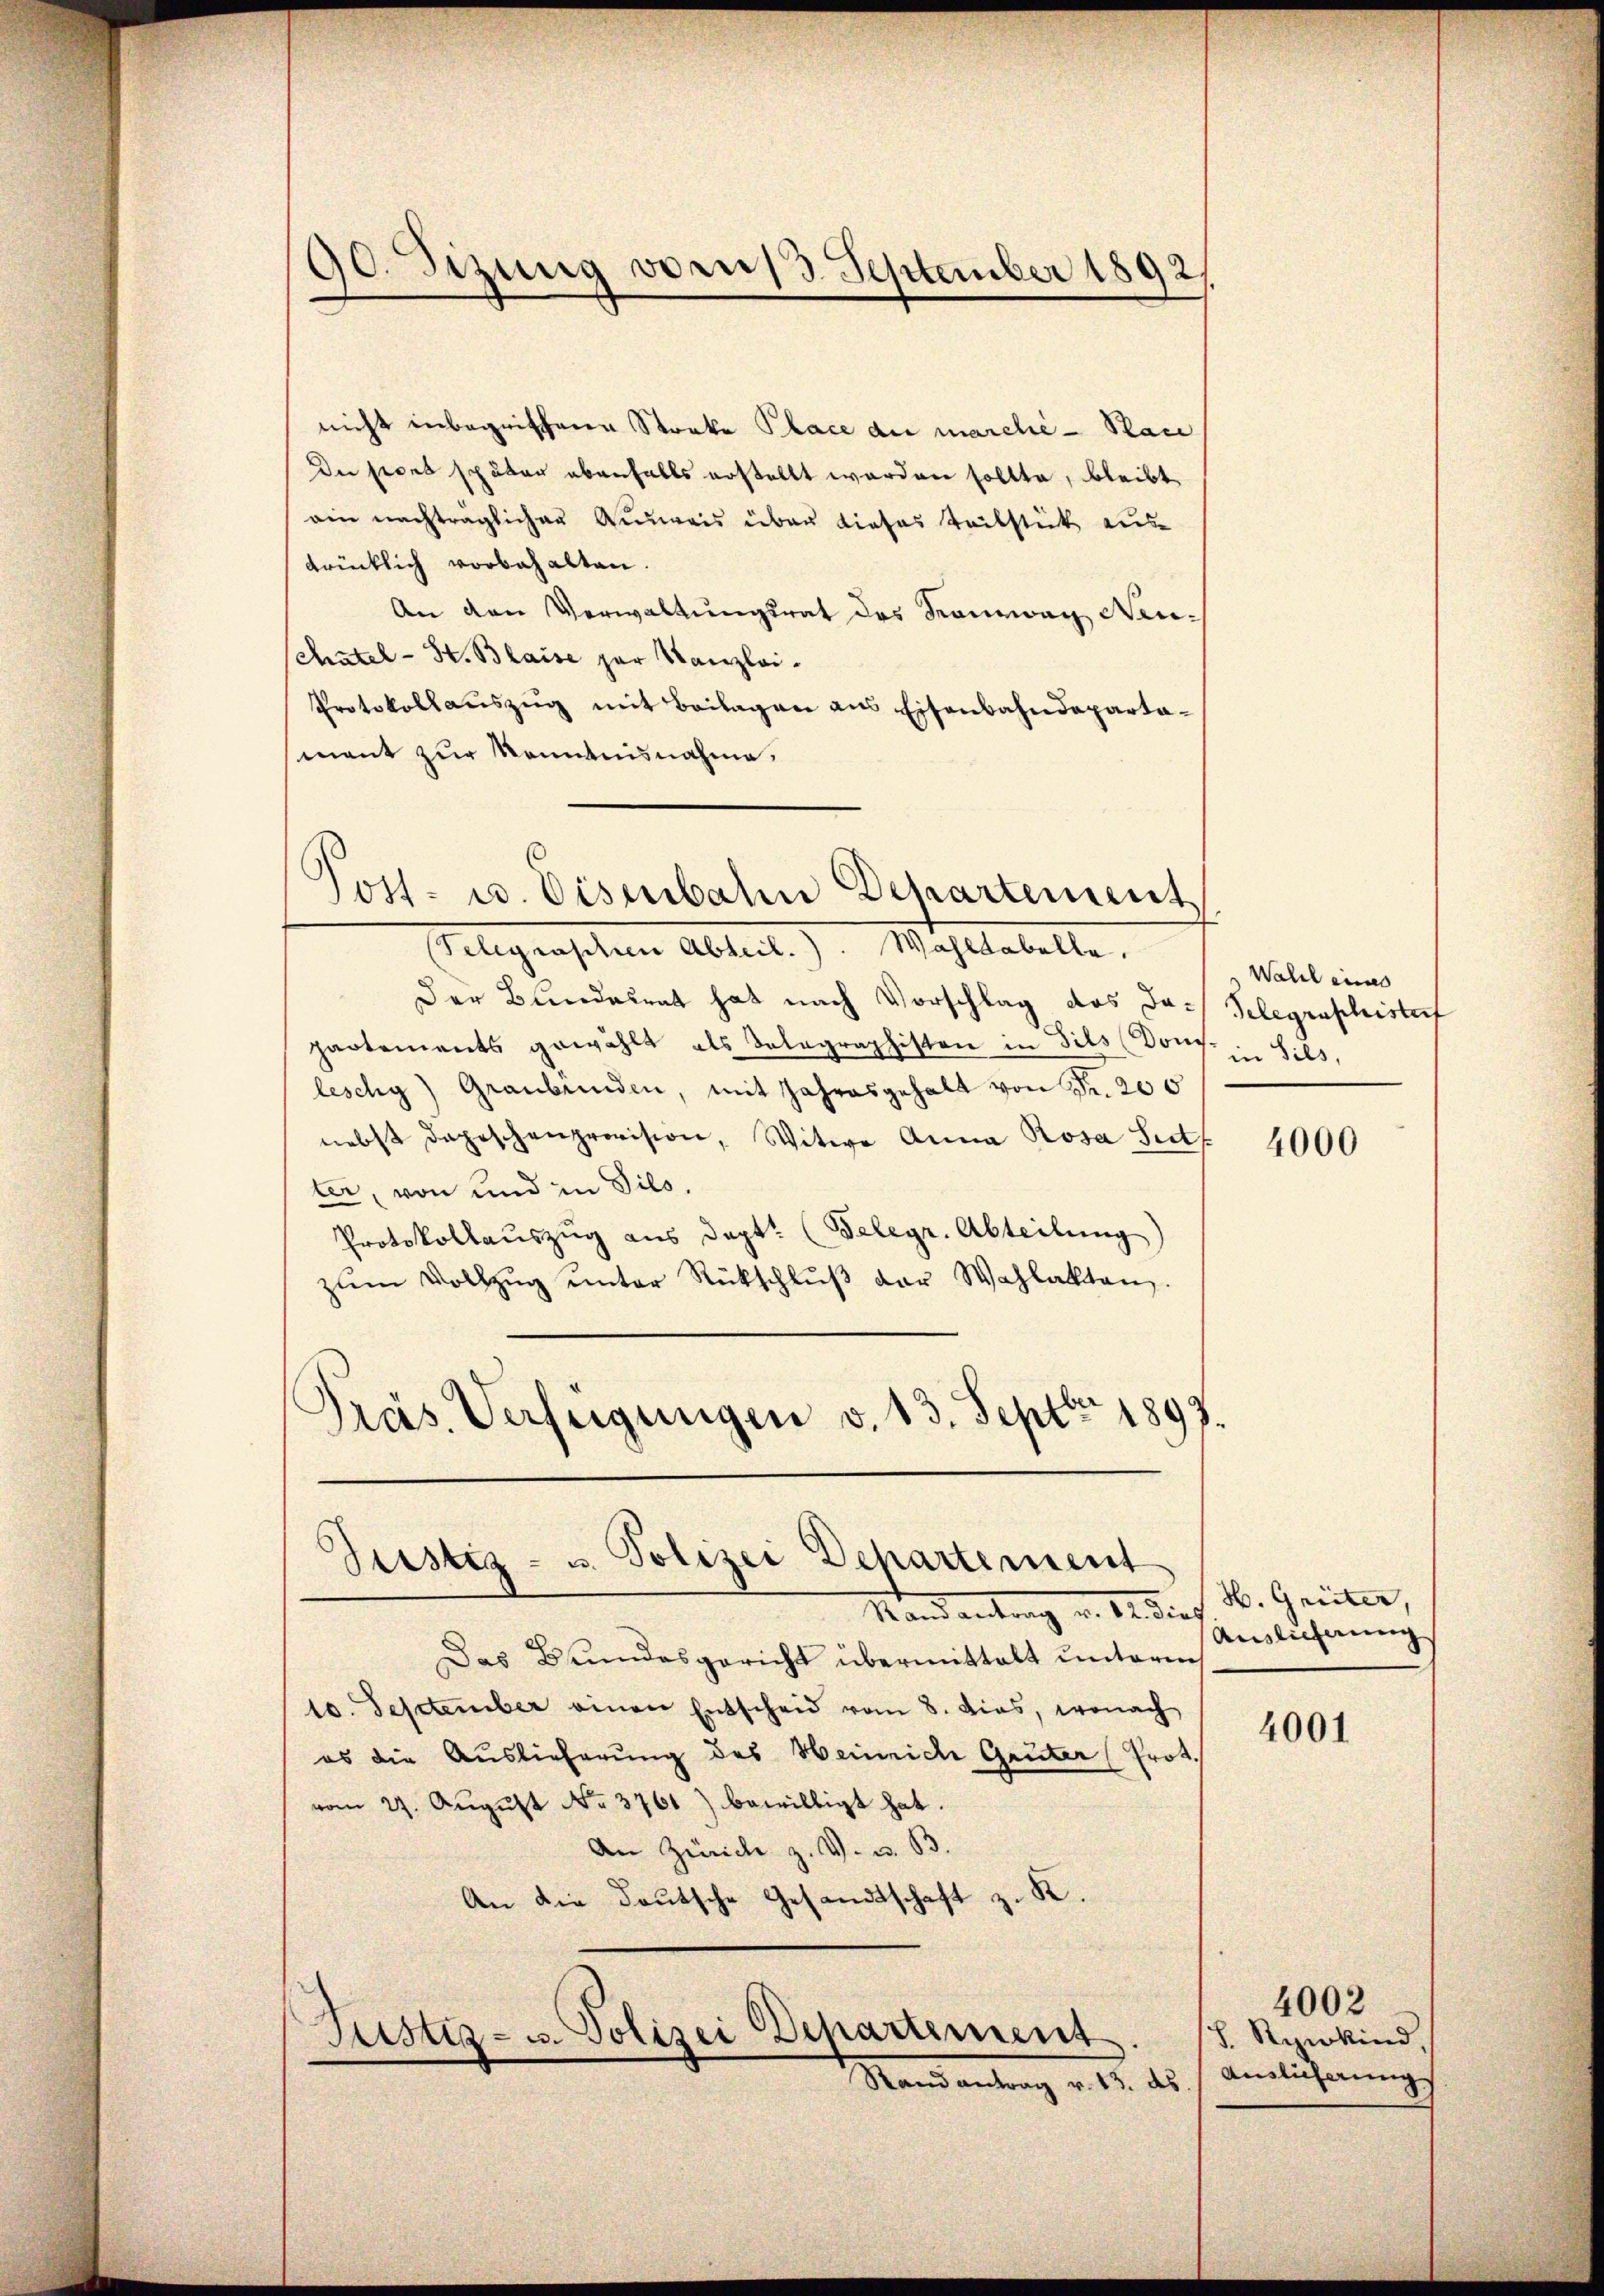
30. Sizung von 13. September 1892/

nicht inbegriffene Streke Place du marche - Sac
Du jedes später ebenfalls erstellt worden sollte, bleibt
ain nachträglicher Ausweis über dieses Teilstück aus
drücklich vorbehalten.
An den Verwaltungsrat des Kauzwag Neu¬
Schatel-St. Blaise zur Kanzlei.
Protokollauszug mit Beilagen aus Eisenbahndeparta-
mant zur Kenntnisnahme,
Telegraschen Abteil.). Wahltabelle.
Der Bundesrat hat nach Vorschlag das Ja- Telegraphistorf
partements gewählt als Telegraphisten in Sils Dom
leschy) Graubünden, mit Jahresgehalt von Fr. 200
nebst depeschenprovision, Witwe Anna Rosa Seit
ter, von und in Sils.
Protokollauszug aus dept. (Telegr. Abteilung)
zŭm Vollzŭg ŭnter Rückschlŭβ der Wahlakten.
Präs. Verfügungen v. 13. Sept. 1893.
.
Justiz- u. Polizei Departement
Stand antrag u. da dies
Das Brundesgericht übermittalt unterm
10. September einen Entscheid vom 8. dies, wonach
es die Auslieferung des Heinriche Grüter (Prot.
vom 27. August No. 3761) bewilligt hat.
An Zürich z. V. u. B.
An die Deutsche Gesandtschaft z. K.

ost- u. Eisenbahn Departement

Justiz- u. Polizei Departement
Rand antrag v. 18. des

Wahl eines
in Sils,

4000

H. Geister,
Auslieferung

4001

S. Reinkind,
Auslieferung

4002